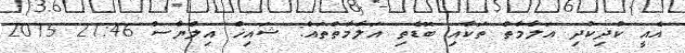
އެއީ ކުދިކުދި އަލާމާތް ތަކާއި ބޮޑެތި އަލާމާތްތައް: ޝައިޚް އިލްޔާސް 21:46 2015